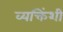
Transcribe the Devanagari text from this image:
व्यक्तिंशी